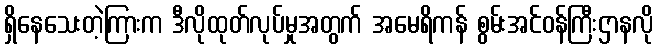
ရှိနေသေးတဲ့ကြားက ဒီလိုထုတ်လုပ်မှုအတွက် အမေရိကန် စွမ်းအင်ဝန်ကြီးဌာနလို